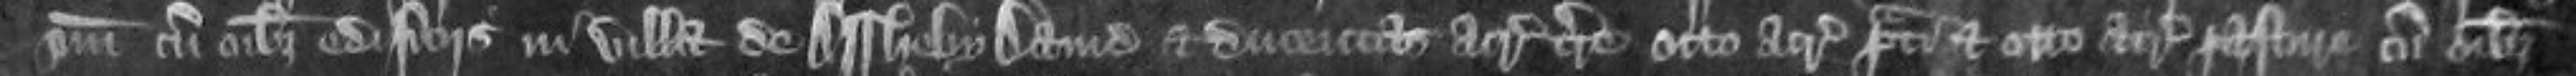
suum cum omnibus edificiis in villa de Assheby David et ducentas acras terre octo acras prati et octo acras pasture cum omnibus